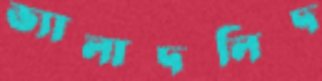
ভ্যালাদলিদ